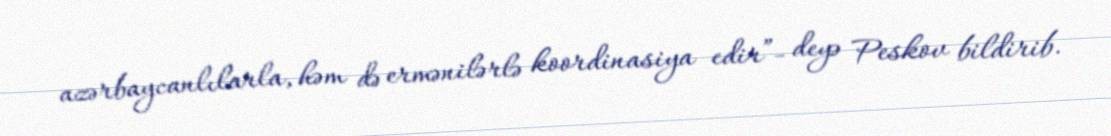
azərbaycanlılarla, həm də ermənilərlə koordinasiya edir”- deyə Peskov bildirib.